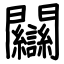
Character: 𨷻